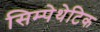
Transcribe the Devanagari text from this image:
सिम्पेथेटिक